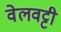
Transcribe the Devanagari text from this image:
वेलवट्टी